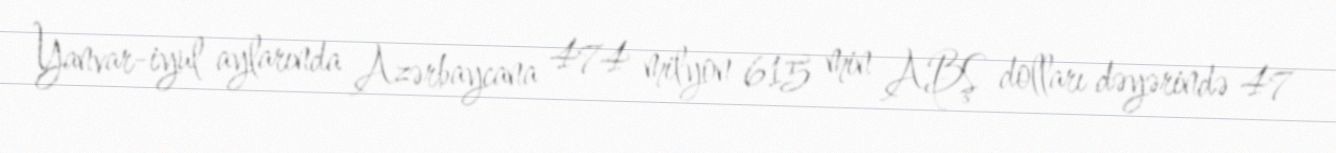
Yanvar-iyul aylarında Azərbaycana 474 milyon 615 min ABŞ dolları dəyərində 47